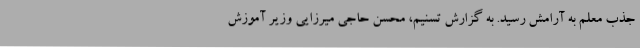
جذب معلم به آرامش رسید. به گزارش تسنیم، محسن حاجی میرزایی وزیر آموزش